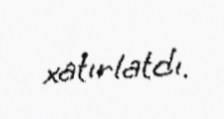
xatırlatdı.